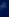
Transcribe